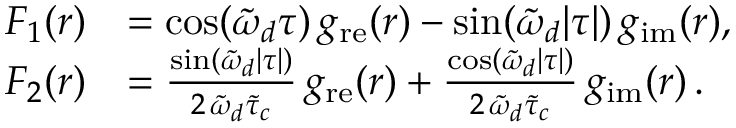
\begin{array} { r l } { F _ { 1 } ( r ) } & { = \cos ( \tilde { \omega } _ { d } \tau ) \, g _ { \mathrm { r e } } ( r ) - \sin ( \tilde { \omega } _ { d } \lvert \tau \rvert ) \, g _ { \mathrm { i m } } ( r ) , } \\ { F _ { 2 } ( r ) } & { = \frac { \sin ( \tilde { \omega } _ { d } \lvert \tau \rvert ) } { 2 \, \tilde { \omega } _ { d } \tilde { \tau } _ { c } } \, g _ { \mathrm { r e } } ( r ) + \frac { \cos ( \tilde { \omega } _ { d } \lvert \tau \rvert ) } { 2 \, \tilde { \omega } _ { d } \tilde { \tau } _ { c } } \, g _ { \mathrm { i m } } ( r ) \, . } \end{array}